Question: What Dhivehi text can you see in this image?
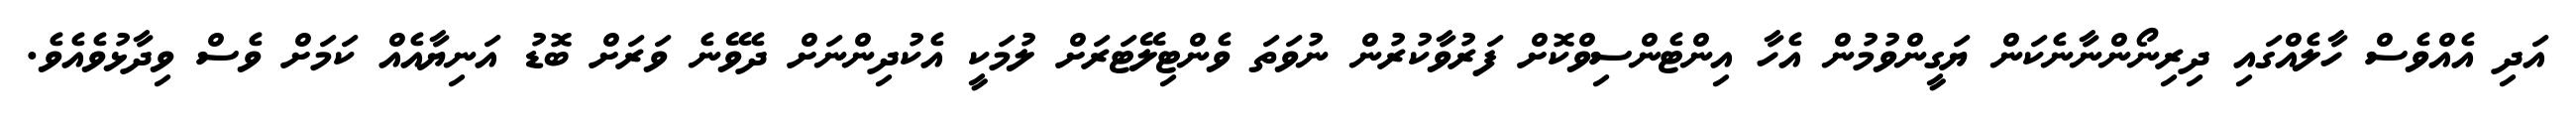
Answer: އަދި އެއްވެސް ހާލެއްގައި ދިރިނޯންނާނެކަން ޔަގީންވުމުން އެހާ އިންޓެންސިވްކޮށް ފަރުވާކުރުން ނުވަތަ ވެންޓިލޭޓަރަށް ލުމަކީ އެކުދިންނަށް ދެވޭނެ ވަރަށް ބޮޑު އަނިޔާއެއް ކަމަށް ވެސް ވިދާޅުވެއެވެ.